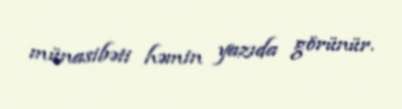
münasibəti həmin yazıda görünür.